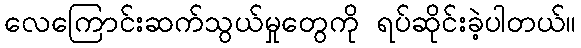
လေကြောင်းဆက်သွယ်မှုတွေကို ရပ်ဆိုင်းခဲ့ပါတယ်။